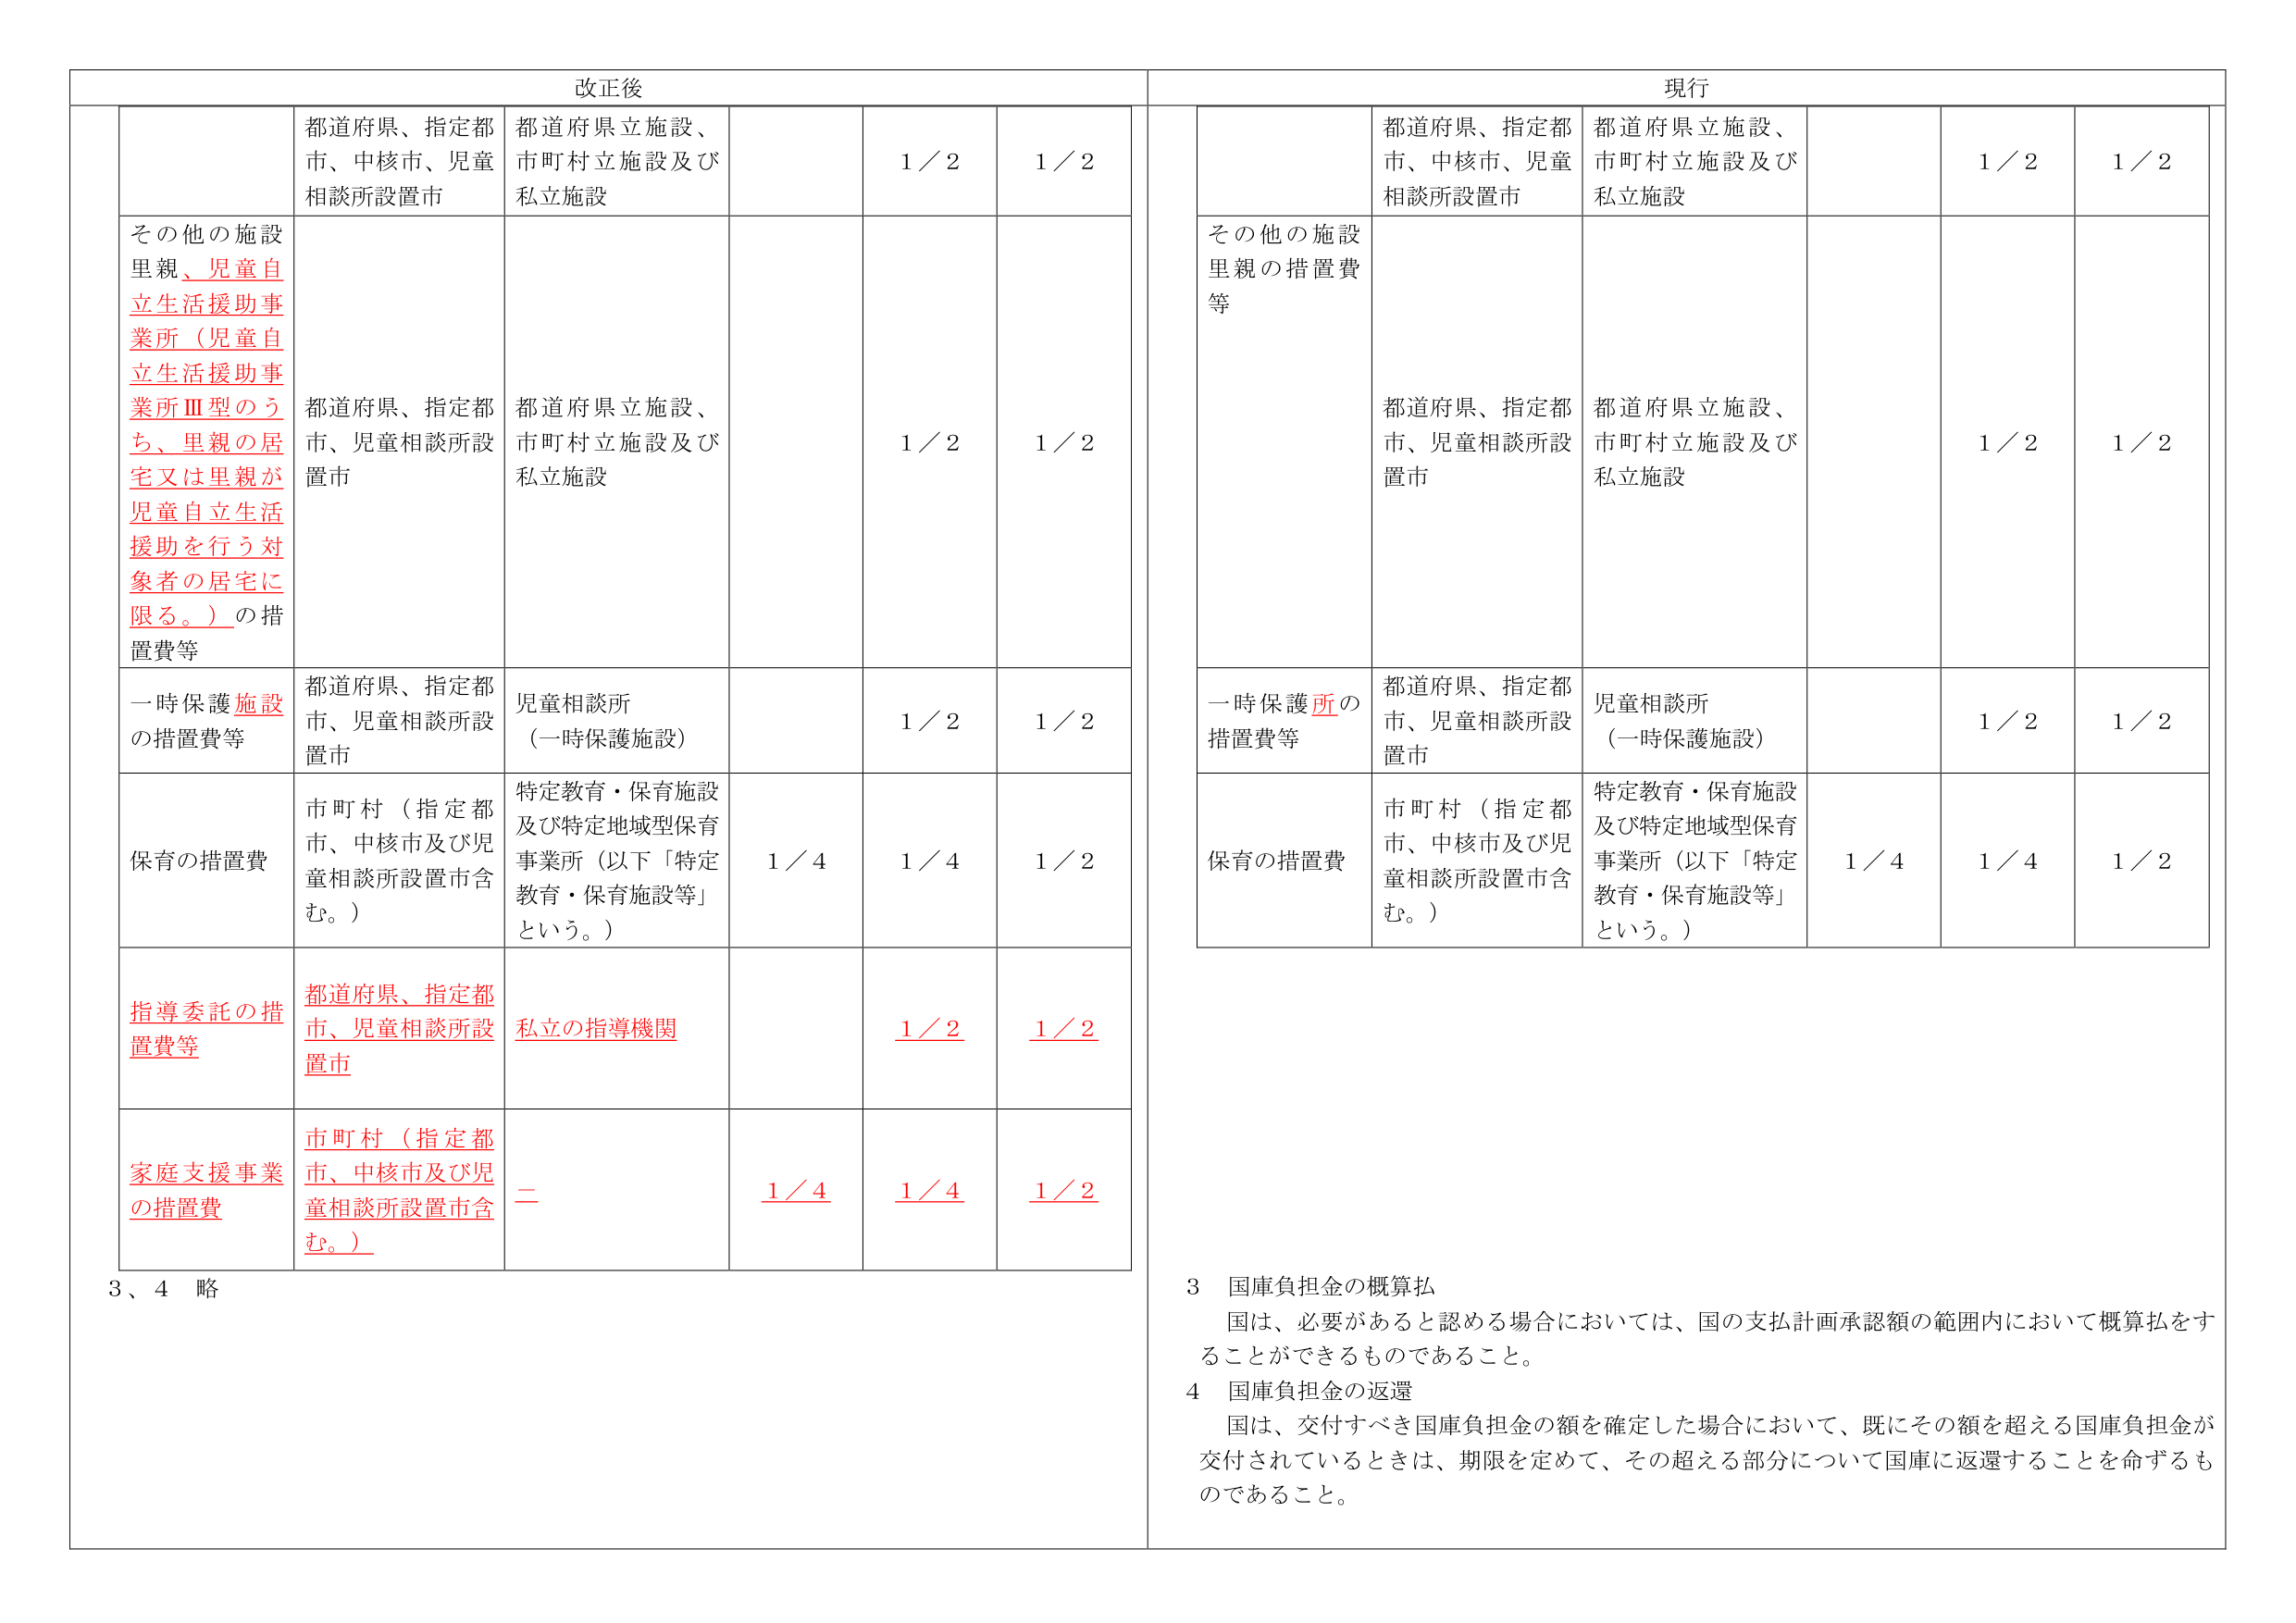
改正後
都道府県、指定都市、中核市、児童相談所設置市
都道府県立施設、市町村立施設及び私立施設
1／2
1／2
その他の施設
里親、児童自立生活援助事業所（児童自立生活援助事業所Ⅲ型のうち、里親の居宅又は里親が児童自立生活援助を行う対象者の居宅に限る。）の措置費等
都道府県、指定都市、児童相談所設置市
都道府県立施設、市町村立施設及び私立施設
1／2
1／2
一時保護施設の措置費等
都道府県、指定都市、児童相談所設置市
児童相談所（一時保護施設）
1／2
1／2
保育の措置費
市町村（指定都市、中核市及び児童相談所設置市含む。）
特定教育・保育施設及び特定地域型保育事業所（以下「特定教育・保育施設等」という。）
1／4
1／4
1／2
指導委託の措置費等
都道府県、指定都市、児童相談所設置市
私立の指導機関
1／2
1／2
家庭支援事業の措置費
市町村（指定都市、中核市及び児童相談所設置市含む。）
＝
1／4
1／4
1／2
3、4 略

現行
都道府県、指定都市、中核市、児童相談所設置市
都道府県立施設、市町村立施設及び私立施設
1／2
1／2
その他の施設
里親の措置費等
都道府県、指定都市、児童相談所設置市
都道府県立施設、市町村立施設及び私立施設
1／2
1／2
一時保護所の措置費等
都道府県、指定都市、児童相談所設置市
児童相談所（一時保護施設）
1／2
1／2
保育の措置費
市町村（指定都市、中核市及び児童相談所設置市含む。）
特定教育・保育施設及び特定地域型保育事業所（以下「特定教育・保育施設等」という。）
1／4
1／4
1／2

3 国庫負担金の概算払
国は、必要があると認める場合においては、国の支払計画承認額の範囲内において概算払をすることができるものであること。
4 国庫負担金の返還
国は、交付すべき国庫負担金の額を確定した場合において、既にその額を超える国庫負担金が交付されているときは、期限を定めて、その超える部分について国庫に返還することを命ずるものであること。